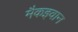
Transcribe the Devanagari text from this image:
मैकइवान